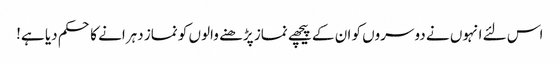
اس لئے انہوں نے دوسروں کو ان کے پیچھے نماز پڑھنے والوں کو نماز دہرانے کا حکم دیا ہے!